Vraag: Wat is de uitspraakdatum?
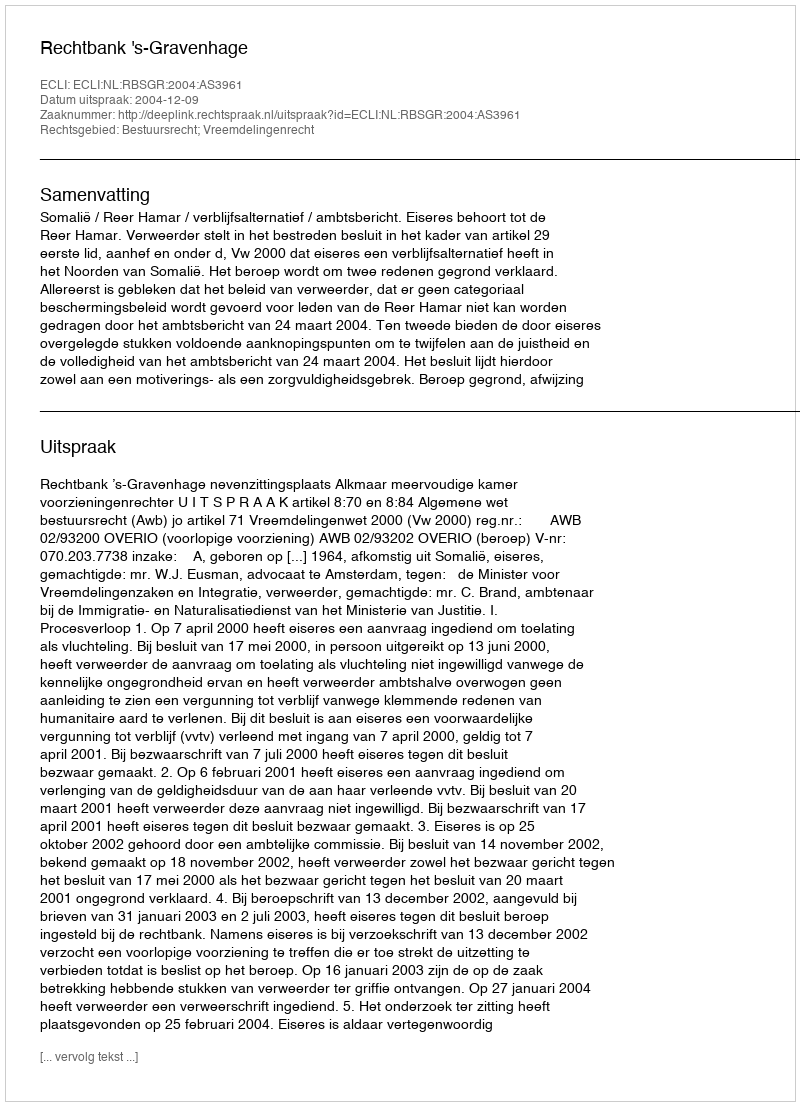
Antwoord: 2004-12-09